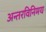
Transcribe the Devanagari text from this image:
अन्तरविनिमय